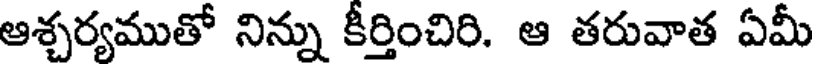
ఆశ్చర్యముతో నిన్ను కీర్తించిరి. ఆ తరువాత ఏమీ